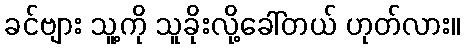
ခင်ဗျား သူ့ကို သူခိုးလို့ခေါ်တယ် ဟုတ်လား။